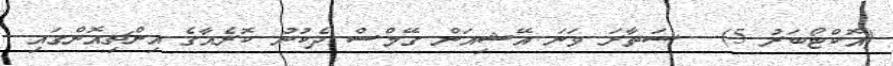
(އޮކްޓޯބަރު 5) - ސަތާރަ ވަނަ އޭޝިއަން ގޭމްސް ދެކުނު ކޮރެއާގެ އިންޗިއޮންގައި